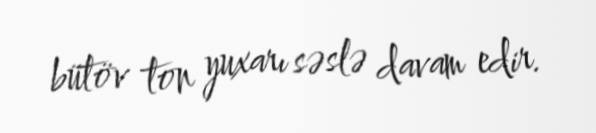
bütöv ton yuxarı səslə davam edir.